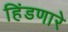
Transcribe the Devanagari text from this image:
हिंडणारे